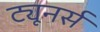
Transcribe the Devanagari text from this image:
ट्यूनर्स